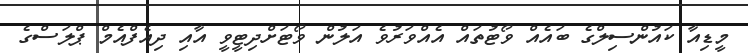
މީޑިއާ ކަައުންސިލްގެ ބައެއް ވޯޓުތައް އެއްވަރުވެ އަލުން ވޯޓަށްދިޓީވީ އާއި ދިއެފްއެމް ޕްލަސްގެ